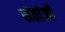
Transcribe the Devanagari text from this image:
संतांजी